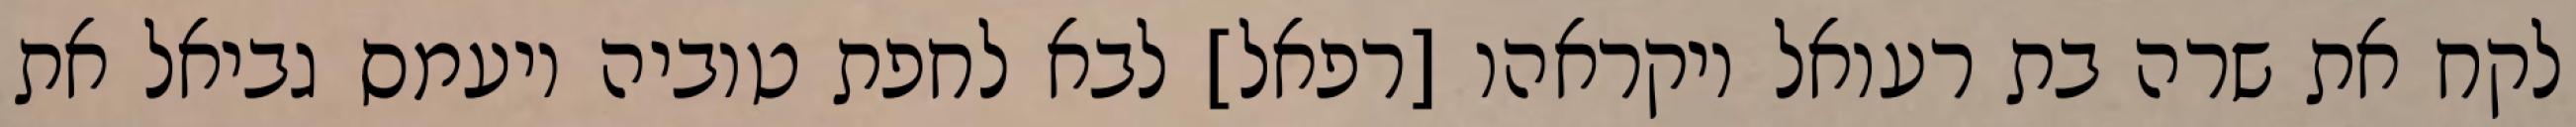
לקח את שרה בת רעואל ויקראהו [רפאל] לבא לחפת טוביה ויעמס גביאל את